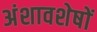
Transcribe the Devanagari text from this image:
अंशावशेषों